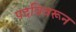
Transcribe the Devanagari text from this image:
पदविवरून